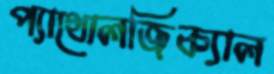
প্যাথোলজিক্যাল